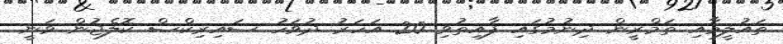
ތައުލީމާއި ތަމްރީން ދިނުމުގައި ފާއިތުވި 20 އަހަރު ދުވަހު ސައިރިކްސް ކޮލެޖުން ވަނީ